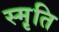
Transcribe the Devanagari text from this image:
स्मृ़ति